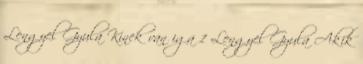
Lengyel Gyula Kinek van iga 1 Lengyel Gyula Akik